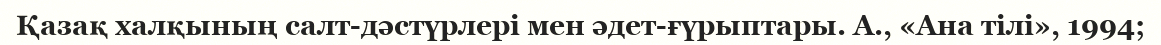
Қазақ халқының салт-дәстүрлері мен әдет-ғүрыптары. А., «Ана тілі», 1994;